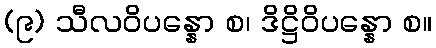
(၉) သီလဝိပန္နော စ၊ ဒိဋ္ဌိဝိပန္နော စ။